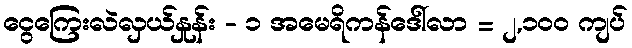
ငွေကြေးလဲလှယ်နှုန်း - ၁ အမေရိကန်ဒေါ်လာ = ၂,၁၀၀ ကျပ်